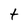
Character: t